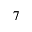
_ 7